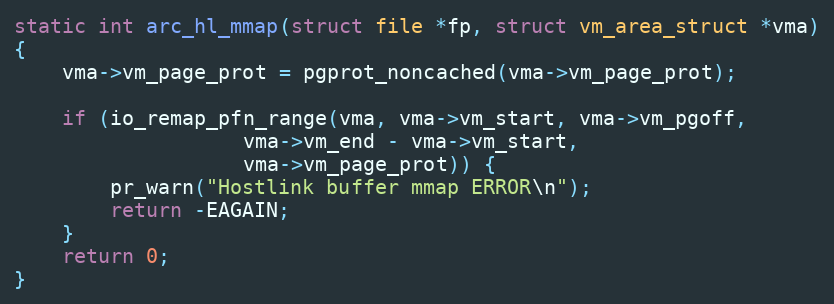
Language: C
static int arc_hl_mmap(struct file *fp, struct vm_area_struct *vma)
{
	vma->vm_page_prot = pgprot_noncached(vma->vm_page_prot);

	if (io_remap_pfn_range(vma, vma->vm_start, vma->vm_pgoff,
			       vma->vm_end - vma->vm_start,
			       vma->vm_page_prot)) {
		pr_warn("Hostlink buffer mmap ERROR\n");
		return -EAGAIN;
	}
	return 0;
}